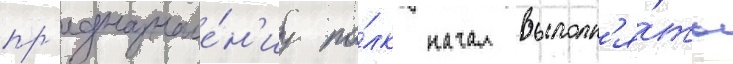
пр'едназначе́н'иу по́лк начал выполн'я́ть